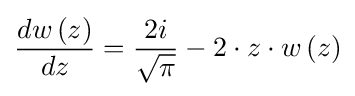
{\frac {dw\left(z\right)}{dz}}={\frac {2i}{\sqrt {\pi }}}-2\cdot z\cdot w\left(z\right)